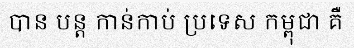
បាន បន្ត កាន់កាប់ ប្រទេស កម្ពុជា គឺ